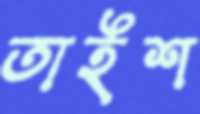
তাইশ